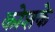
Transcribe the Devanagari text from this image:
कोशके